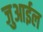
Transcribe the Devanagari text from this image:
जुआईल